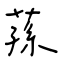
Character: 蓀